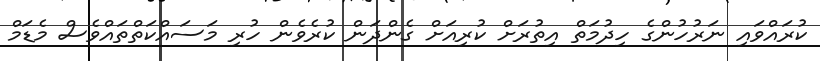
ކުރައްވައި ނަރުހުންގެ ހިދުމަތް އިތުރަށް ކުރިއަށް ގެންދަން ކުރެވެން ހުރި މަސައްކަތްތައްވެސް މެޑަމް